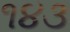
૧૪૩